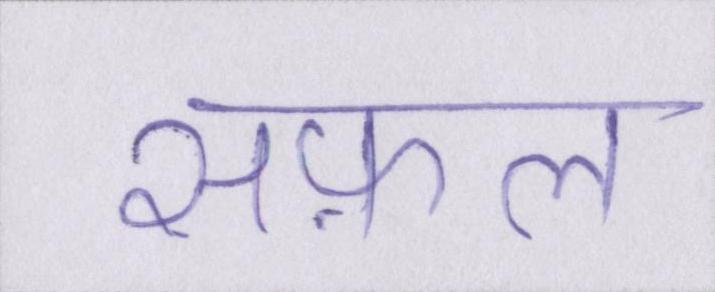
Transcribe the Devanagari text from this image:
सफ़ल